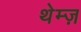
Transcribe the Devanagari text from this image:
थेम्ज़